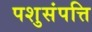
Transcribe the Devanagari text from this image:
पशुसंपत्ति